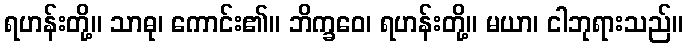
ရဟန်းတို့။ သာဓု၊ ကောင်း၏။ ဘိက္ခဝေ၊ ရဟန်းတို့။ မယာ၊ ငါဘုရားသည်။